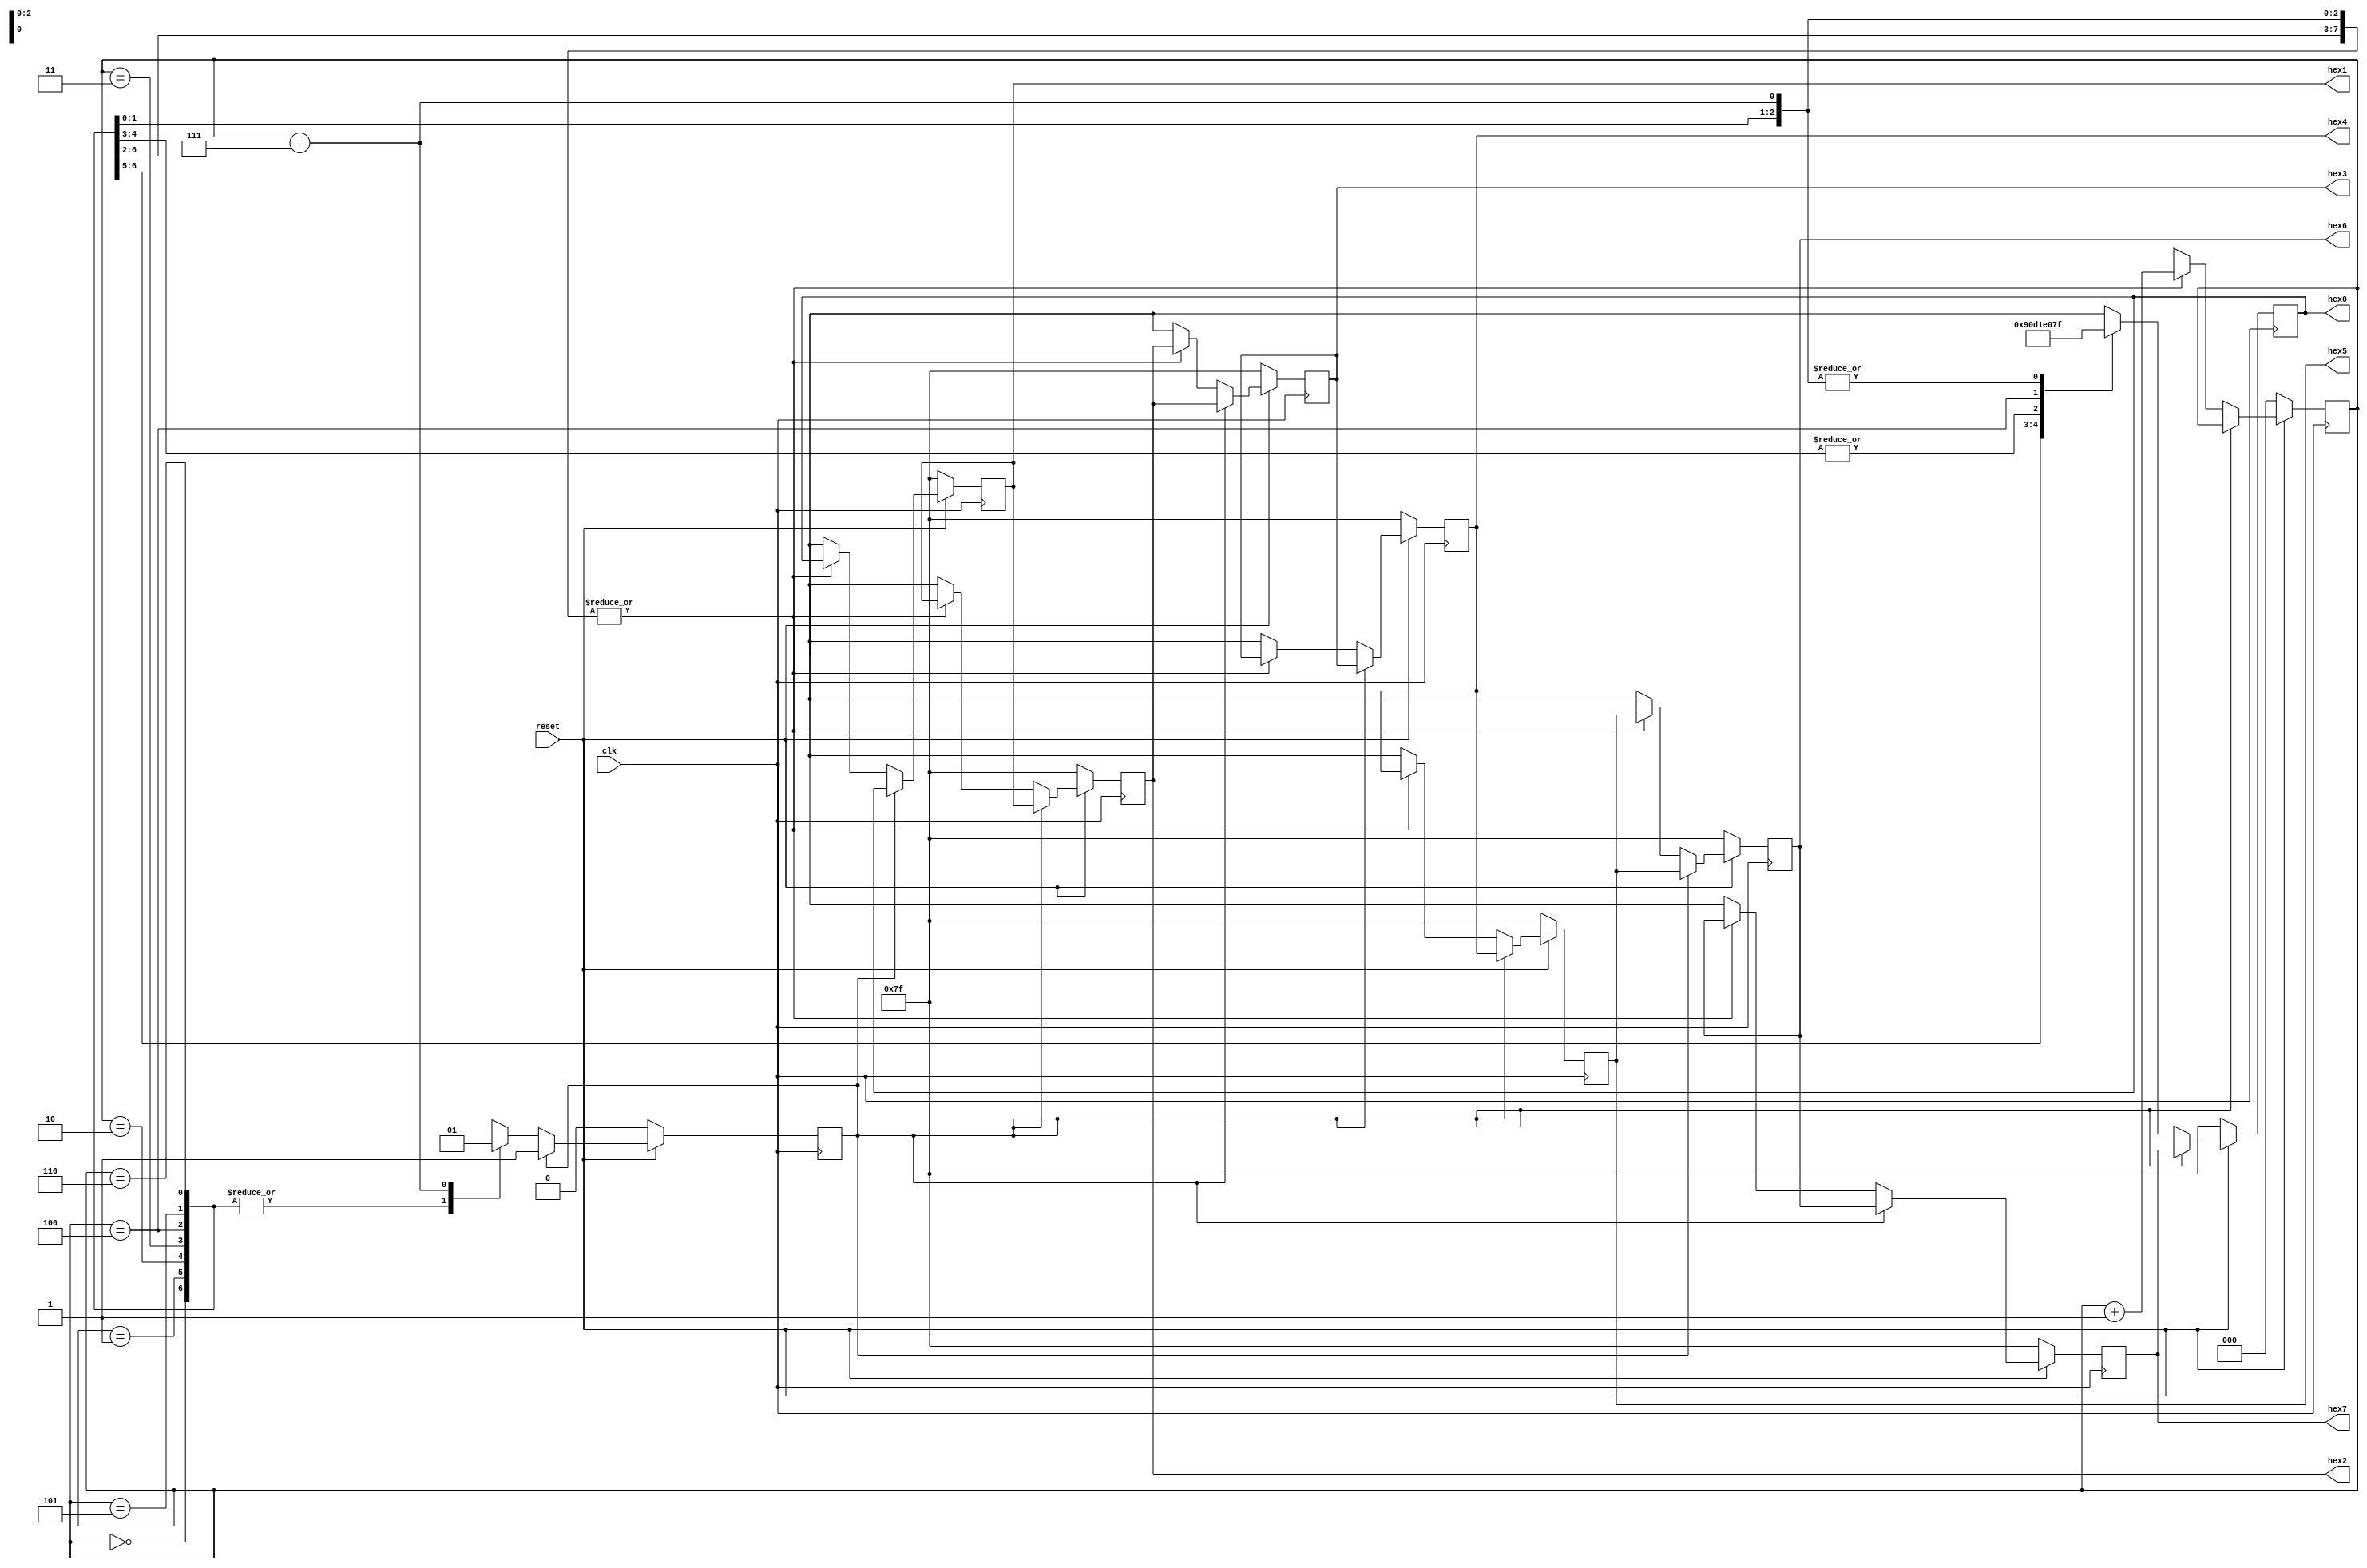
module part5(hex7,hex6,hex5,hex4,hex3,
           hex2,hex1,hex0,clk,reset);
output reg [6:0] hex7,hex6,hex5,hex4,hex3,hex2,hex1,hex0;
input clk,reset;
reg [2:0] state;
reg  on_off;

always @(posedge clk ) 
begin 
  if(reset==0)
  begin hex7<=7'b1111111;
        hex6<=7'b1111111;
		  hex5<=7'b1111111;
		  hex4<=7'b1111111;
		  hex3<=7'b1111111;
		  hex2<=7'b1111111;
		  hex1<=7'b1111111;
		  hex0<=7'b1111111;
		  state<=3'b000;
		  on_off=1'b0;
	end
	else 
	begin 
	     //solve the first problem
		  if(on_off==0)//at the beginning,set the register
		begin  case(state)
		  3'd0:begin hex0<=7'b0001001;hex1<=hex0;hex2<=hex1;hex3<=hex2;
		       hex4<=hex3;hex5<=hex4;hex6<=hex5;hex7<=hex6;state=state+1;end //H
		  3'd1:begin hex0<=7'b0000110;hex1<=hex0;hex2<=hex1;hex3<=hex2;
		       hex4<=hex3;hex5<=hex4;hex6<=hex5;hex7<=hex6;state=state+1;end  //E
		  3'd2:begin hex0<=7'b1000111;hex1<=hex0;hex2<=hex1;hex3<=hex2;
		       hex4<=hex3;hex5<=hex4;hex6<=hex5;hex7<=hex6;state=state+1;end  //L
		  3'd3:begin hex0<=7'b1000111;hex1<=hex0;hex2<=hex1;hex3<=hex2;
		       hex4<=hex3;hex5<=hex4;hex6<=hex5;hex7<=hex6;state=state+1;end  //L
		  3'd4:begin hex0<=7'b1000000;hex1<=hex0;hex2<=hex1;hex3<=hex2;
		       hex4<=hex3;hex5<=hex4;hex6<=hex5;hex7<=hex6;state=state+1;end   //O
		  3'd5:begin hex0<=7'b1111111;hex1<=hex0;hex2<=hex1;hex3<=hex2;
		       hex4<=hex3;hex5<=hex4;hex6<=hex5;hex7<=hex6;state=state+1;end
		  3'd6:begin hex0<=7'b1111111;hex1<=hex0;hex2<=hex1;hex3<=hex2;
		       hex4<=hex3;hex5<=hex4;hex6<=hex5;hex7<=hex6;state=state+1;end
		  3'd7:begin hex0<=7'b1111111;hex1<=hex0;hex2<=hex1;hex3<=hex2;
		       hex4<=hex3;hex5<=hex4;hex6<=hex5;hex7<=hex6;state=state+1; on_off=1'b1;end
				 endcase 
		end
		  else
		  begin hex0<=hex7;hex1<=hex0;hex2<=hex1;hex3<=hex2;
		       hex4<=hex3;hex5<=hex4;hex6<=hex5;hex7<=hex6;end
	end 
end 
endmodule